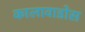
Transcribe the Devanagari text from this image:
कालावाडोस